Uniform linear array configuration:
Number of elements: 8
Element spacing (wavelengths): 0.25
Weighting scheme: blackman
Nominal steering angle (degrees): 60
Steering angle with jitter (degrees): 60.66
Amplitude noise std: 0.05
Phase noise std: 0.05

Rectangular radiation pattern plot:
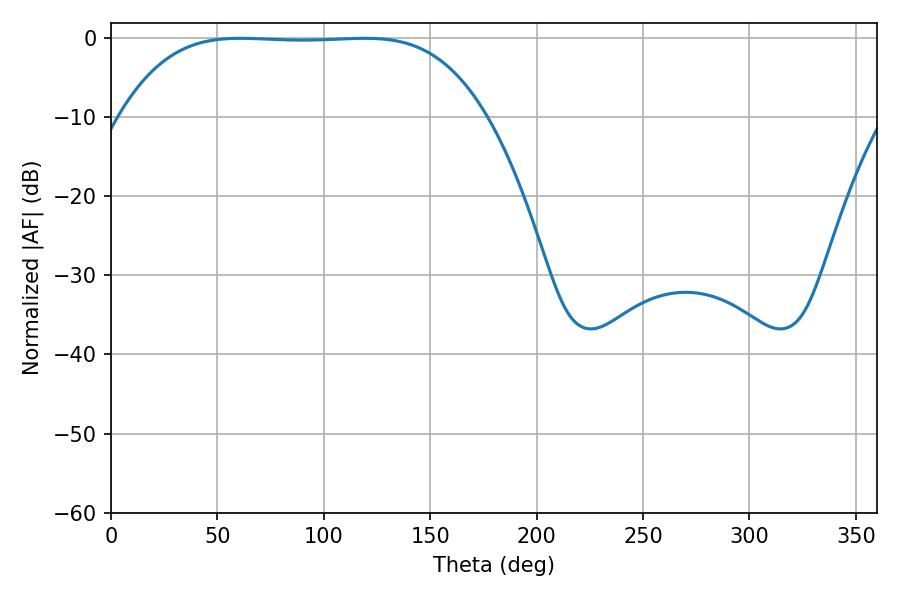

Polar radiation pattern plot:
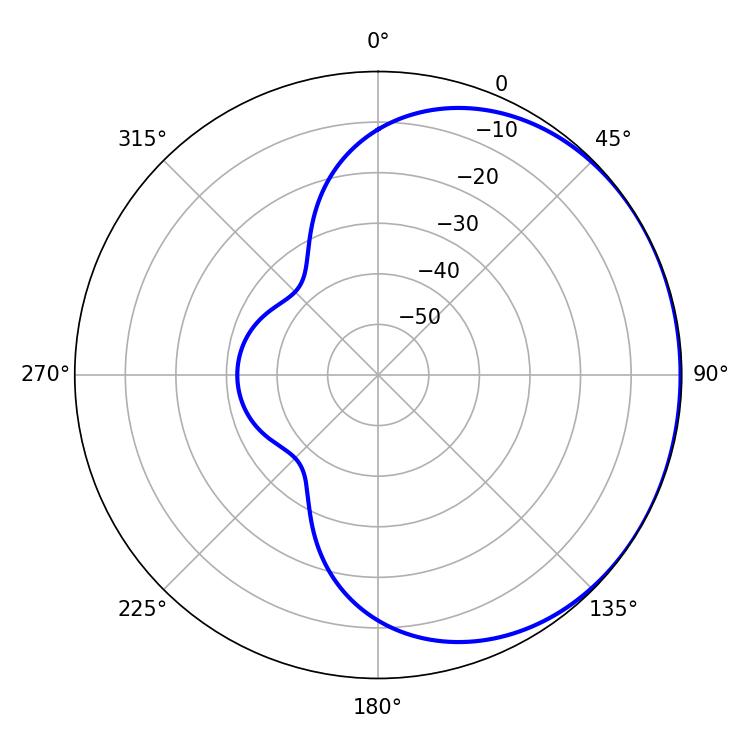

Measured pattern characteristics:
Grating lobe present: FALSE
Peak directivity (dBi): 0.6091
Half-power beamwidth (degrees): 131.4
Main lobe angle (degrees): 60.66